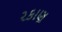
રકાણ